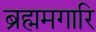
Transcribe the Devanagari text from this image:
ब्रह्ममगारि